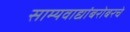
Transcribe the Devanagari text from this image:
साम्यवाद्यांबरोबरचे